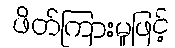
ဖိတ်ကြားမှုဖြင့်